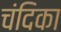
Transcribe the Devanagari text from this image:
चंदिका